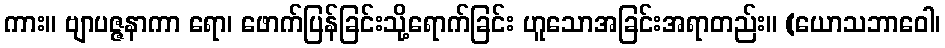
ကား။ ဗျာပဇ္ဇနာကာ ရော၊ ဖောက်ပြန်ခြင်းသို့ရောက်ခြင်း ဟူသောအခြင်းအရာတည်း။ (ယောသဘာဝေါ၊